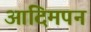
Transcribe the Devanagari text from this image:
आदिमपन